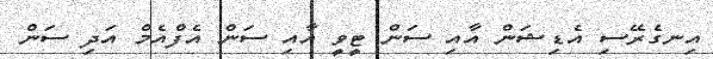
އިނގެރޭސި އެޑިޝަން އާއި ސަން ޓީވީ އާއި ސަން އެފްއެމް އަދި ސަން